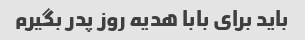
باید برای بابا هدیه روز پدر بگیرم